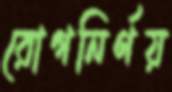
রোগনির্ণয়